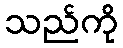
သည်ကို